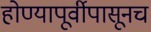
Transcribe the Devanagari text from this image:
होण्यापूर्वीपासूनच